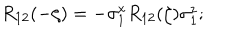
LaTeX: R _ { 1 2 } ( - \zeta ) = - \sigma _ { 1 } ^ { x } R _ { 1 2 } ( \zeta ) \sigma _ { 1 } ^ { z } ;